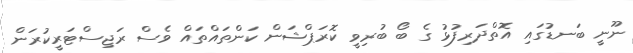
ނޫނީ ބަނޑުގައި އޮތްދަރިފުޅު ގެ ބޯ ބުރިވީ ކޮރަޕްޝަން ކަންތައްތައް ވެސް ރަޖިސްޓަރީކުރަން